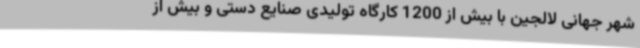
شهر جهانی لالجین با بیش از 1200 کارگاه تولیدی صنایع دستی و بیش از